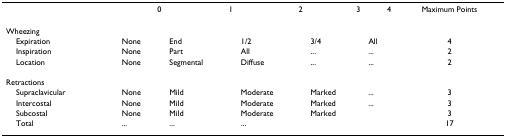
<table><thead><tr><td></td><td><b>0</b></td><td><b>1</b></td><td><b>2</b></td><td><b>3</b></td><td><b>4</b></td><td><b>Maximum Points</b></td></tr></thead><tbody><tr><td>Wheezing</td><td></td><td></td><td></td><td></td><td></td><td></td></tr><tr><td> Expiration</td><td>None</td><td>End</td><td>1/2</td><td>3/4</td><td>All</td><td>4</td></tr><tr><td> Inspiration</td><td>None</td><td>Part</td><td>All</td><td>...</td><td>...</td><td>2</td></tr><tr><td> Location</td><td>None</td><td>Segmental</td><td>Diffuse</td><td>...</td><td>...</td><td>2</td></tr><tr><td>Retractions</td><td></td><td></td><td></td><td></td><td></td><td></td></tr><tr><td> Supraclavicular</td><td>None</td><td>Mild</td><td>Moderate</td><td>Marked</td><td>...</td><td>3</td></tr><tr><td> Intercostal</td><td>None</td><td>Mild</td><td>Moderate</td><td>Marked</td><td>...</td><td>3</td></tr><tr><td> Subcostal</td><td>None</td><td>Mild</td><td>Moderate</td><td>Marked</td><td></td><td>3</td></tr><tr><td> Total</td><td>...</td><td>...</td><td>...</td><td></td><td></td><td>17</td></tr></tbody></table>